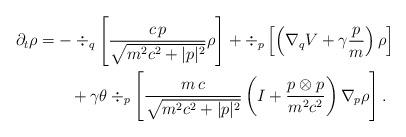
LaTeX: \begin{align*}\partial_t \rho&=-\div_q\left[\frac{c\, p}{\sqrt{m^2c^2+|p|^2}}\rho\right]+\div_p\left[\left(\nabla_q V+\gamma\frac{p}{m}\right)\rho \right]\\&\qquad+\gamma\theta\div_p\left[\frac{m\,c}{\sqrt{m^2c^2+|p|^2}}\left(I+\frac{p\otimes p}{m^2c^2}\right)\nabla_p \rho\right].\end{align*}